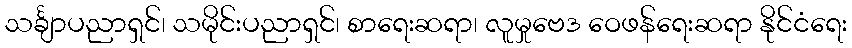
သင်္ချာပညာရှင်၊ သမိုင်းပညာရှင်၊ စာရေးဆရာ၊ လူမှုဗေဒ ဝေဖန်ရေးဆရာ နိုင်ငံရေး